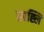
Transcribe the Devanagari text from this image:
प्रवह्लि